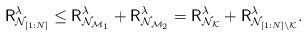
LaTeX: \begin{align*}{{\mathsf{R}}^{\lambda}_{\mathcal{N}_{[1:N]}} \leq {\mathsf{R}}^{\lambda}_{\mathcal{N}_{\mathcal{M}_{1}}} +{\mathsf{R}}^{\lambda}_{\mathcal{N}_{\mathcal{M}_{2}}}={\mathsf{R}}^{\lambda}_{\mathcal{N}_{\mathcal{K}}} +{\mathsf{R}}^{\lambda}_{\mathcal{N}_{[1:N]\backslash \mathcal{K}}}}.\end{align*}